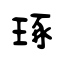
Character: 琢